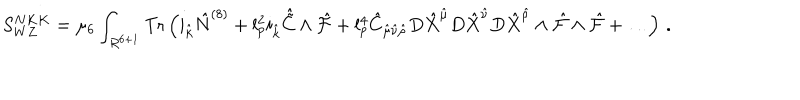
S _ { W Z } ^ { N K K } = \mu _ { 6 } \int _ { R ^ { 6 + 1 } } \mathrm { T r } \left( i _ { \hat { k } } { \hat { N } } ^ { ( 8 ) } + l _ { p } ^ { 2 } i _ { \hat { k } } { \hat { \tilde { C } } } \wedge { \hat { \cal F } } + l _ { p } ^ { 4 } { \hat { C } } _ { { \hat { \mu } } { \hat { \nu } } { \hat { \rho } } } D { \hat { X } } ^ { \hat { \mu } } D { \hat { X } } ^ { \hat { \nu } } D { \hat { X } } ^ { \hat { \rho } } \wedge { \hat { \cal F } } \wedge { \hat { \cal F } } + \dots \right) \, .